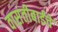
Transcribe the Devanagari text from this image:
वासंतीबाईंचे